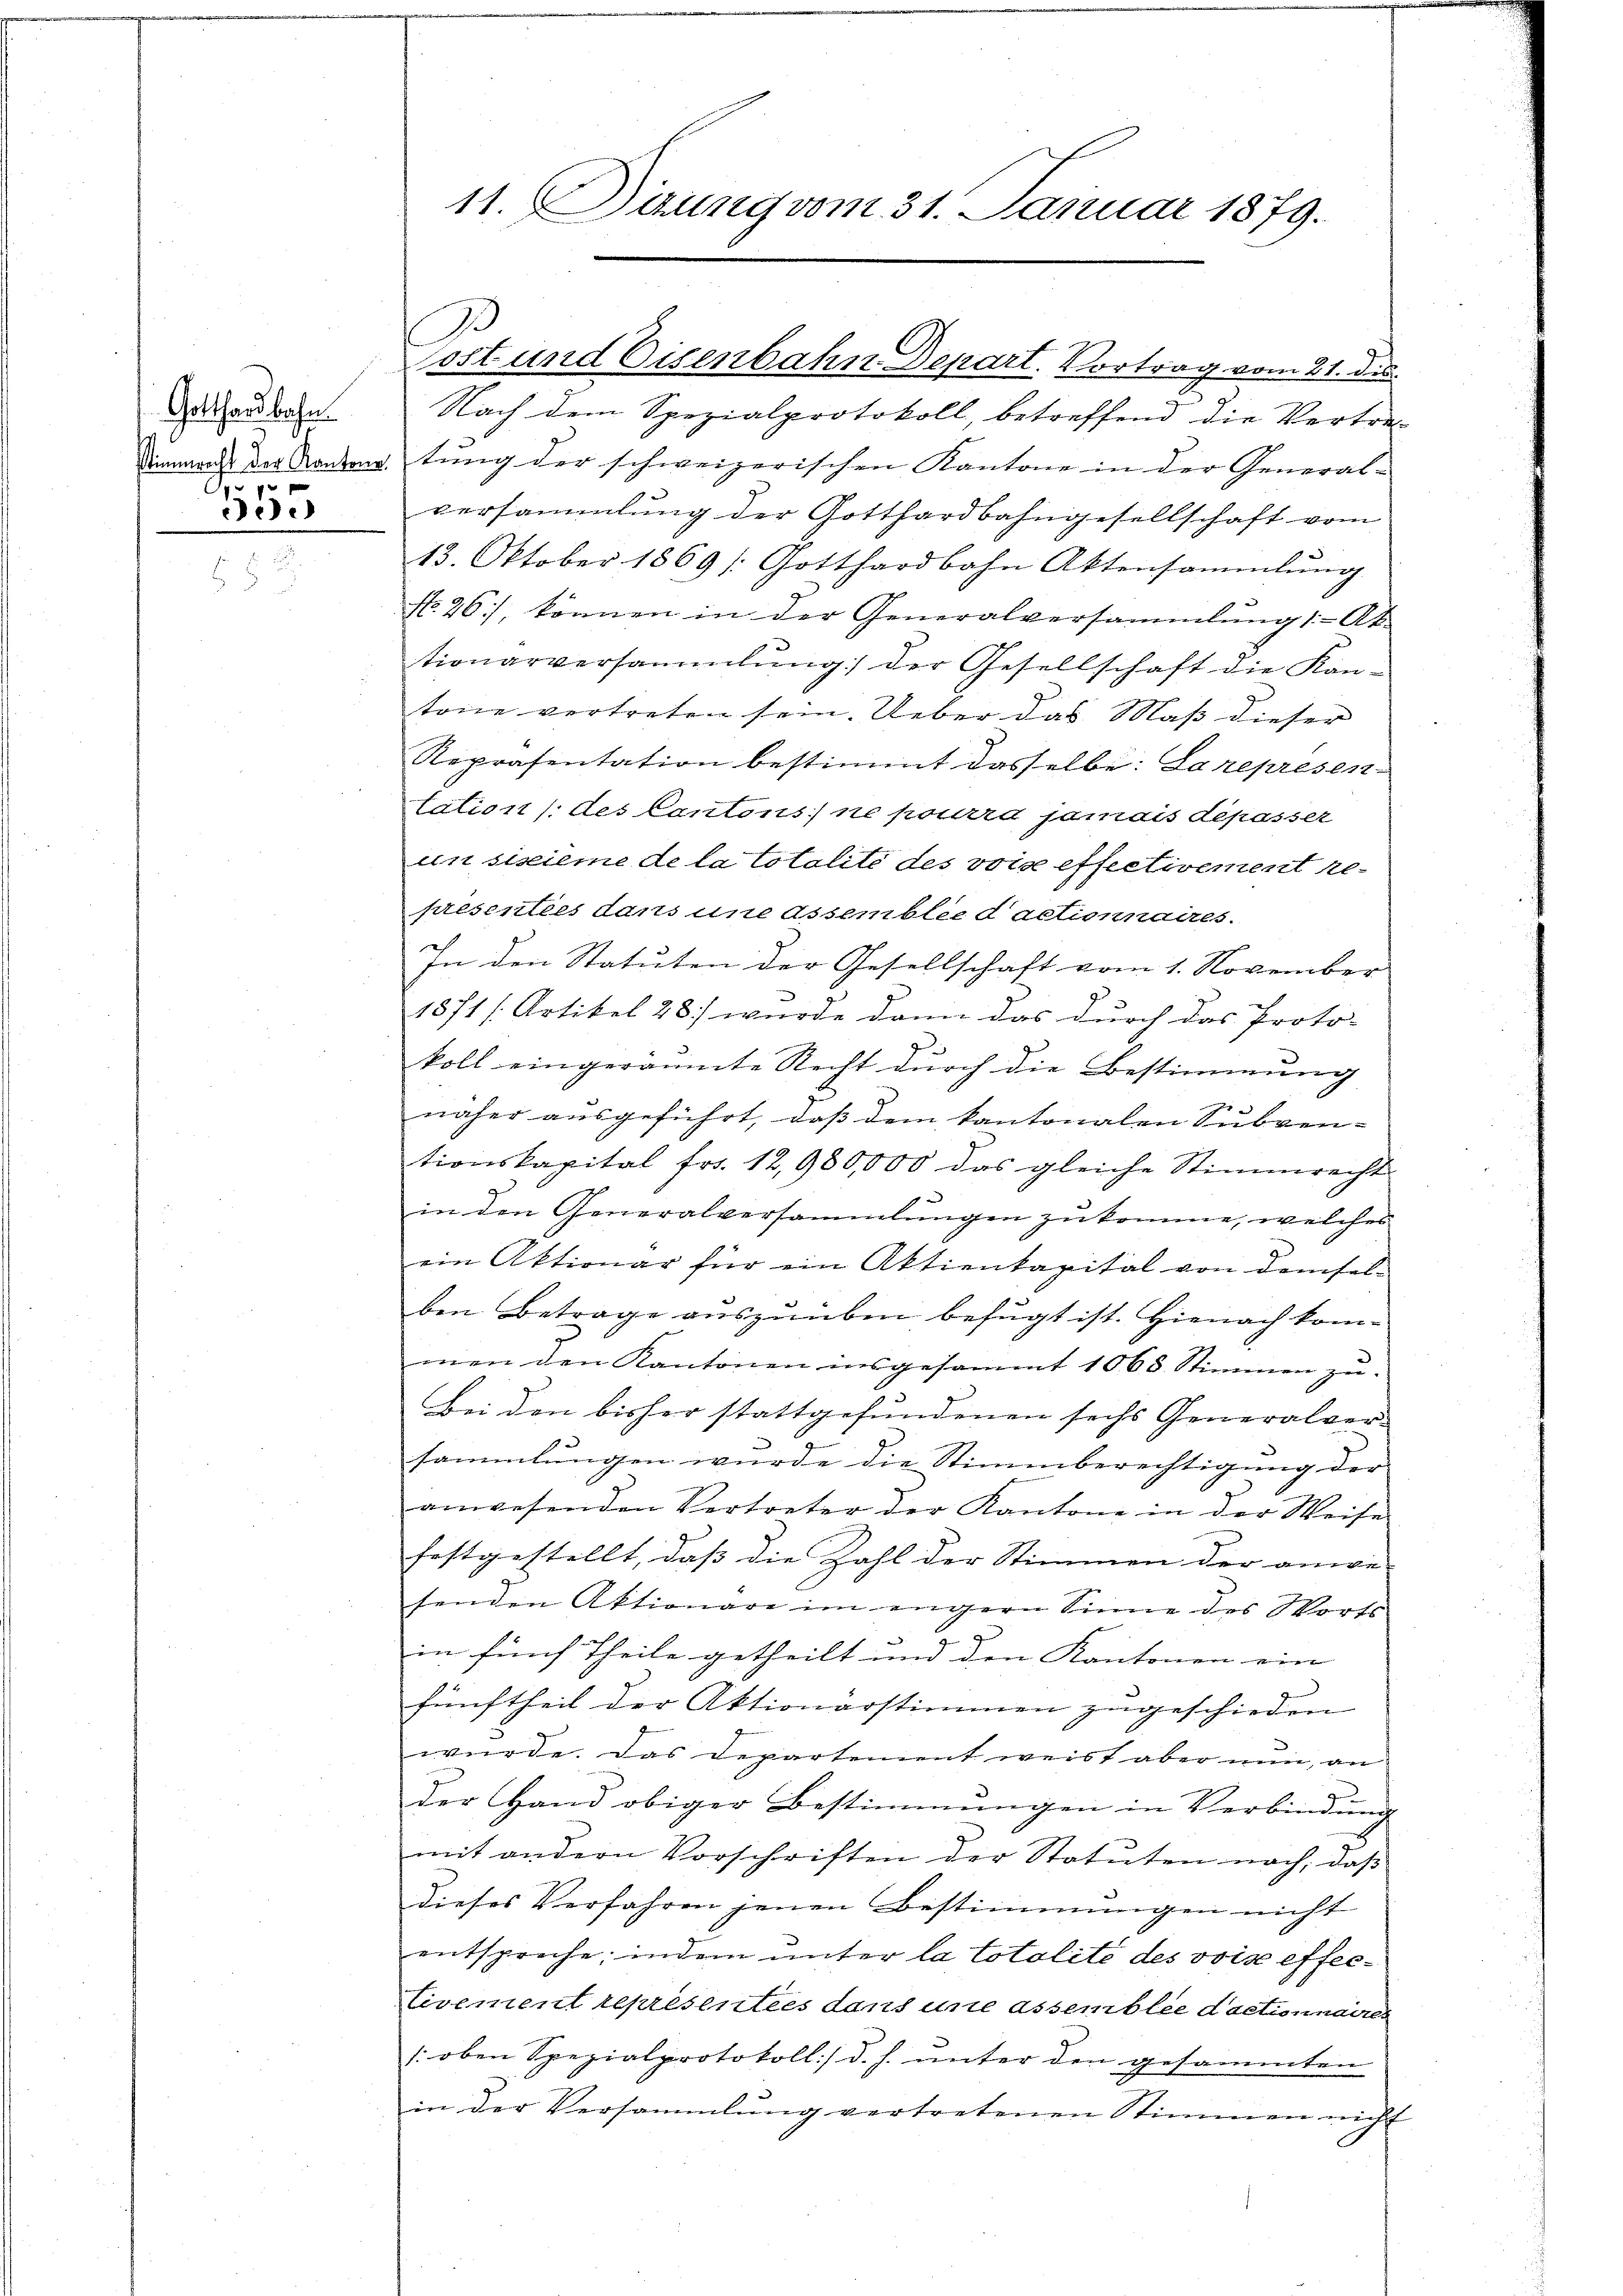
Gotthardbahn.
 x
ie

11. Sizung vom 31. Januar 1879.

2
Nach dem Spezialprotokoll, betreffend die Vertret
demnach der Randantung der schweizerischen Kantone in der General-
versammlung der Gotthardbahngesellschaft vom
13. Oktober 1869 /: Gotthardbahn Aktensammlung
No. 26), können in der Generalversammlung - Ak-
tionarversammlung der Gesellschaft die Kan-
tone vertreten sein. Ueber das Maß dieser
Repräsentation bestimmt dasselbe: La representation (des Cantons) ne pourra jamais dépasser
un sistieme de la totalité des vota effectivement re
presenties dans une Assemblée d actionnaires.
In den Statuten der Gesellschaft vom 1. November
1371 /: Artikel 28) wurde dann das durch das Proto-
koll eingeräumte Recht durch die Bestimmung
näher ausgeführt, daß dem kantonalen Subven-
tionskapital frs. 12,980,000 das gleiche Stimmrecht
in den Generalversammlungen zukomme, welches
ein Aktionar für ein Aktienkapital von demselben Betrage auszuüben befugt ist. Hienach kommen den Kantonen insgesammt 1063 Stimmen zu.
Bei den bisher stattgefundenen sechs Generalversammlungen wurde die Stimmberechtigung der
anwesenden Vertreter der Kantone in der Weise
festgestellt, dass die Zahl der Stimmen der anwe-
senden Aktionare im engern Sinne des Worts
in fünf Theile getheilt und den Kantonen ein
fünftheil der Aktionärstimmen zugeschieden
wurde. Das Departement weist aber nun, an
der Hand obiger Bestimmungen in Verbindŭng
mit andern Vorschriften der Statuten nach, daß
dieses Verfahren jenen Bestimmungen nicht
entspreche; indem unter la totalité des voise effec¬
Livement représenties dans une assemblée dactionnaires
/. oben Spezialprotokoll:/ d. h. unter den gesammten
in der Versammlung vertretenen Stimmen nicht

Post und Eisenbahn Depart. Vortrag vom 21. di